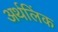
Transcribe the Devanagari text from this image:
अर्थलिंक